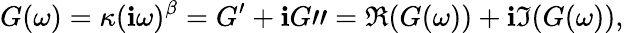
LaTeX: G(\omega)=\kappa(\mathbf{i}\omega)^{\beta}=G^{\prime}+\mathbf{i}G"=\Re(G(\omega))+\mathbf{i}\Im(G(\omega)),